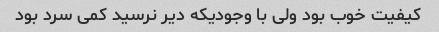
کیفیت خوب بود ولی با وجودیکه دیر نرسید کمی سرد بود